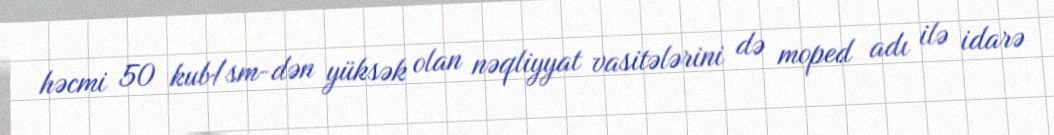
həcmi 50 kub/sm-dən yüksək olan nəqliyyat vasitələrini də moped adı ilə idarə